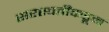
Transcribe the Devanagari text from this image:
सरस्वतींकडून